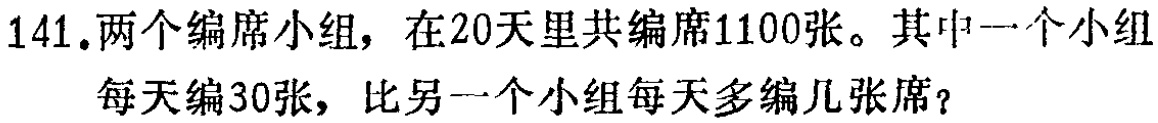
141.两个编席小组，在20天里共编席1100张。其中一个小组每天编30张，比另一个小组每天多编几张席？